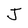
Character: J